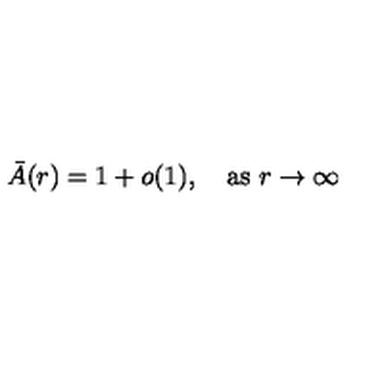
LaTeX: \bar { A } ( r ) = 1 + o ( 1 ) , \quad \mathrm { a s \ } r \to \infty